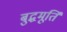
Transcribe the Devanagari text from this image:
बुद्धमूर्ति